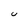
Character: U